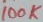
Text: 100K